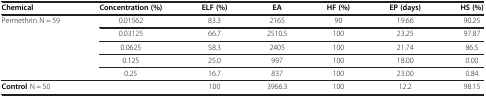
<table><thead><tr><td><b>Chemical</b></td><td><b>Concentration (%)</b></td><td><b>ELF (%)</b></td><td><b>EA</b></td><td><b>HF (%)</b></td><td><b>EP (days)</b></td><td><b>HS (%)</b></td></tr></thead><tbody><tr><td rowspan="5">Permethrin N = 59</td><td>0.01562</td><td>83.3</td><td>2165</td><td>90</td><td>19.66</td><td>90.25</td></tr><tr><td>0.03125</td><td>66.7</td><td>2510.5</td><td>100</td><td>23.25</td><td>97.87</td></tr><tr><td>0.0625</td><td>58.3</td><td>2405</td><td>100</td><td>21.74</td><td>86.5</td></tr><tr><td>0.125</td><td>25.0</td><td>997</td><td>100</td><td>18.00</td><td>0.00</td></tr><tr><td>0.25</td><td>16.7</td><td>837</td><td>100</td><td>23.00</td><td>0.84</td></tr><tr><td colspan="2"><b>Control</b> N = 50</td><td>100</td><td>3966.3</td><td>100</td><td>12.2</td><td>98.15</td></tr></tbody></table>